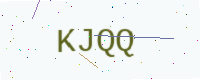
Text: KJQQ